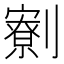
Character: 𠠙